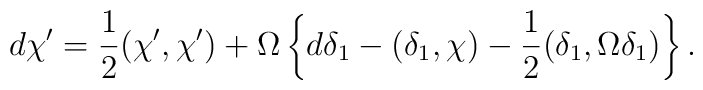
d\chi^\prime={1\over 2}(\chi^\prime,\chi^\prime)+\Omega\left\{d\delta_1-(\delta_1,\chi)-{1\over 2}(\delta_1,\Omega\delta_1)\right\}.